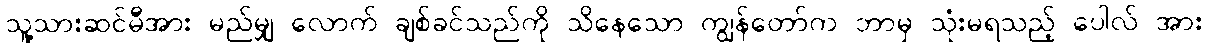
သူ့သားဆင်မီအား မည်မျှ လောက် ချစ်ခင်သည်ကို သိနေသော ကျွန်တော်က ဘာမှ သုံးမရသည့် ပေါလ် အား